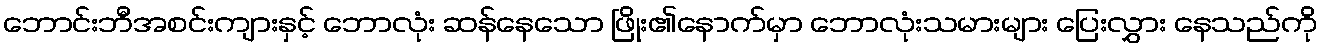
ဘောင်းဘီအစင်းကျားနှင့် ဘောလုံး ဆန်နေသော ဖြိုး၏နောက်မှာ ဘောလုံးသမားများ ပြေးလွှား နေသည်ကို